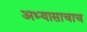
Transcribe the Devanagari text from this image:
अभ्यासाचाच